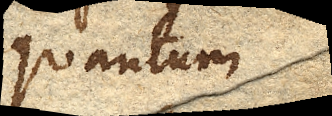
quantum